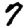
Digit: 7